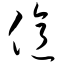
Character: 亿